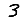
Digit: 3